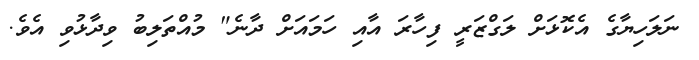
ނަލަހިޔާގެ އެކޮޅަށް ލަގްޒަރީ ފިހާރަ އާއި ހަމައަށް ދާނެ" މުއްތަލިބު ވިދާޅުވި އެވެ.